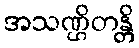
အသဏ္ဌိတန္တိ